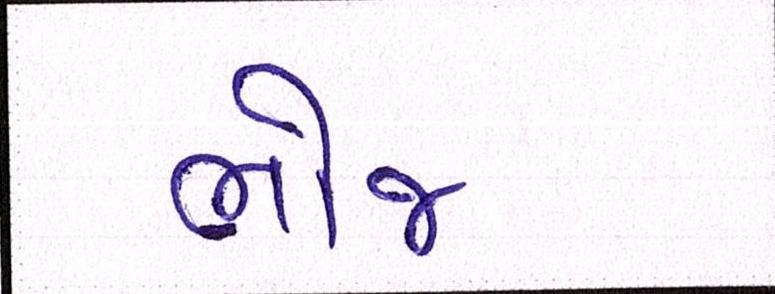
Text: ભોજ